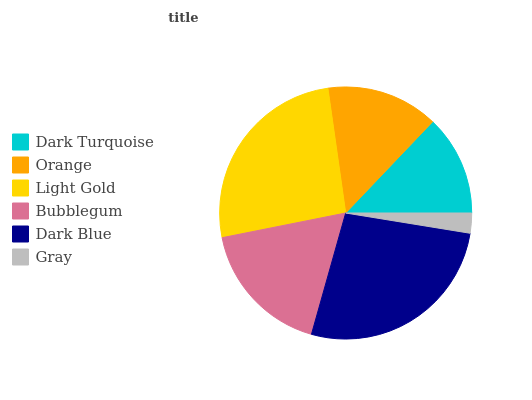
| Dark Turquoise | Orange | Light Gold | Bubblegum | Dark Blue | Gray |
 | --- | --- | --- | --- | --- | --- |
 | 12.9% | 14.4% | 25.9% | 17.5% | 26.7% | 2.56% |